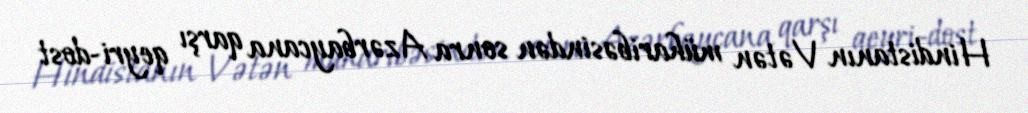
Hindistanın Vətən müharibəsindən sonra Azərbaycana qarşı qeyri-dost